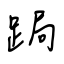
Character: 跼